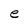
Character: e